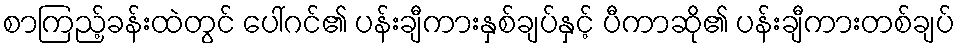
စာကြည့်ခန်းထဲတွင် ပေါ်ဂင်၏ ပန်းချီကားနှစ်ချပ်နှင့် ပီကာဆို၏ ပန်းချီကားတစ်ချပ်